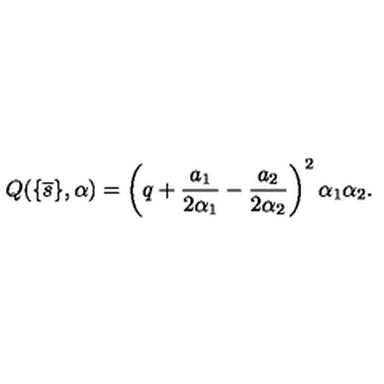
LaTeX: Q ( \{ \overline { { s } } \} , \alpha ) = \left( q + \frac { a _ { 1 } } { 2 \alpha _ { 1 } } - \frac { a _ { 2 } } { 2 \alpha _ { 2 } } \right) ^ { 2 } \alpha _ { 1 } \alpha _ { 2 } .